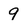
Character: 9